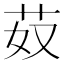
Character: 𦬻